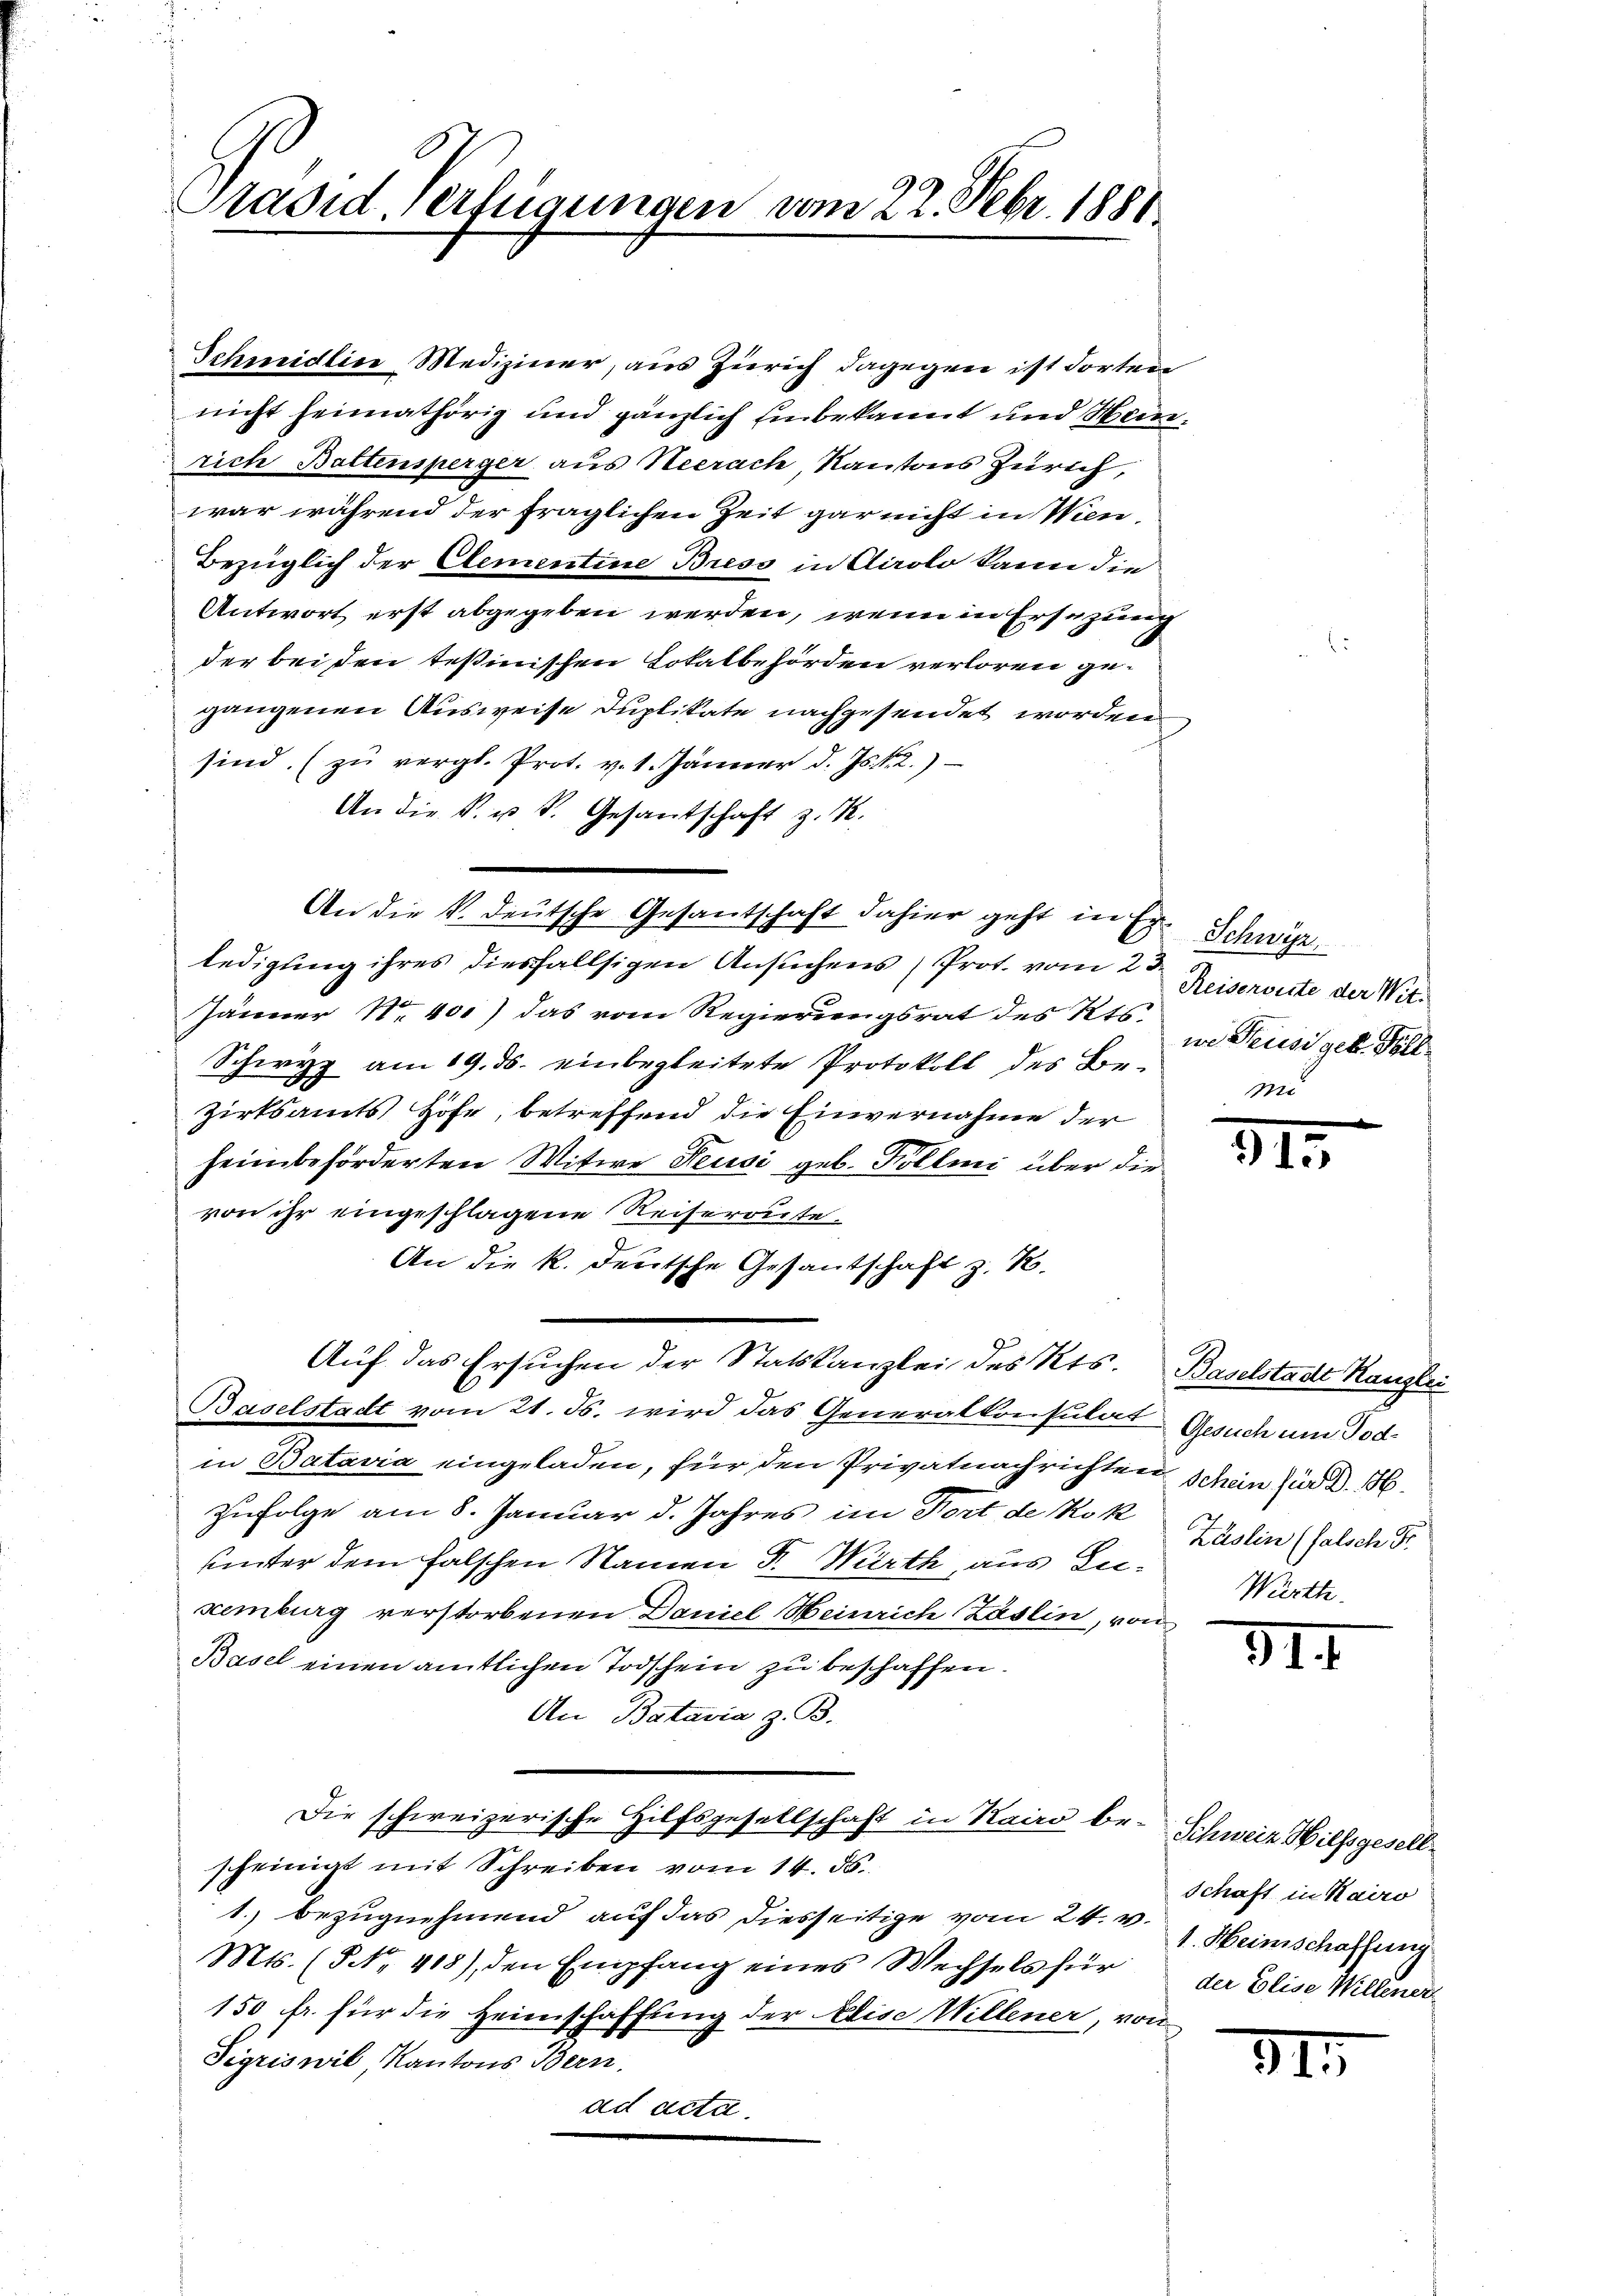
Präsid Verfügungen vom 22. Febr. 1881

war während der fraglichen Zeit gar nicht in Wien¬
Bezüglich der Elementine Bress in Airolo kann die
Antwort erst abgegeben werden, wenn in Ersezung
der bei den testinischen Lokalbehörden verloren gegangenen Ausweise duplikate nachgesendet worden
sind. (zŭ vergl. Prot. v. 1. Jänner d. Js. v. 2.)
An die k. u. S. Gesantschaft z. B.
An die k. deutsche Gesantschaft dahier geht in Er
ledigung ihres diesfallsigen Ansuchens (Prot. vom 2 Reiservite der Wit¬
Jänner N. 401) das vom Regierungsrat des Kts.
Schwyz am 19. ds. einbegleitete Protokoll des Bezirksamts Höfe, betreffend die Einvernahme der
heim beförderten Witwe Feusi geb. Kollmi über die
von ihr eingeschlagene Reiseroute¬
An die k. deutsche Gesantschaft z. K.
Auf das Ersuchen der Statskanzlei des Kts. Baselstadt Kanzlei
Baselstadt vom 21. Fs. wird das Generalkonsulat Gesuch um Tod
in Batavia eingeladen, für den Privatnachrichten schein für d. 16.
Zufolge am 8. Januar d. Jahres im Dort de Rok
uunter dem falschen Namen d. Wirth, aus Inxemburg verstorbenen Daniel Heinrich Zaslin, von
Basel einen amtlichen Todschein zu beschaffen.
An Batavia z. B.
Die schweizerische Hilfsgesellschaft in Kairo be-
scheinigt mit Schreiben vom 14. 55.
1.) bezugnehmend auf das diesseitige vom 24. v. J. Heimschaffung
Mts. (NNo. 418), den Empfang eines Wechsels für der Elise Willener
150 Fr. für die Heimschaffung der Elise Willener, von
Sigriswil Kantons Bern.
ad acta.

Schmidlin Mediziner, aus Zürich dagegen ist dorten
nicht heimathörig und gänzlich Einbekannt und Heinrich Battensperger aus Neerach Kantons Zürich,

Schwyz
we Feusis geb. Fäll

115.

Zäslin (falsch Fr.
Württ.

31

Schweiz Hilfsgesell
Schaft in Kairo

31